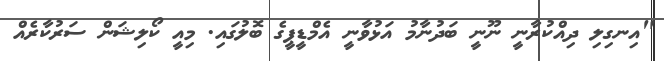
"އިނގިލި ދިއްކުރާނީ ނޫނީ ބަދުނާމު އަޅުވާނީ އެމްޑީޕީގެ ބޮލުގައި. މިއީ ކޯލިޝަން ސަރުކާރެއް